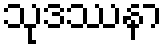
သုဒဿနာ